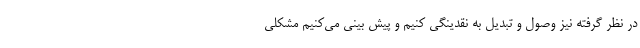
در نظر گرفته نیز وصول و تبدیل به نقدینگی کنیم و پیش بینی می‌کنیم مشکلی